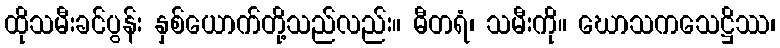
ထိုသမီးခင်ပွန်း နှစ်ယောက်တို့သည်လည်း။ ဓီတရံ၊ သမီးကို။ ဃောသကသေဋ္ဌိဿ၊